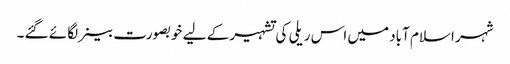
شہر اسلام آباد میں اس ریلی کی تشہیر کے لیے خوبصورت بینر لگائے گئے ۔